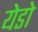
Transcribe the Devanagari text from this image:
येडो